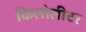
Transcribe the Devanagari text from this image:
किलोलीटर